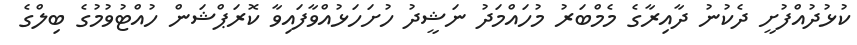
ކުޅުދުއްފުށީ ދެކުނު ދާއިރާގެ މެމްބަރު މުހައްމަދު ނަޝީދު ހުށަހަޅުއްވާފައިވާ ކޮރަޕްޝަން ހުއްޓުވުމުގެ ބިލްގެ